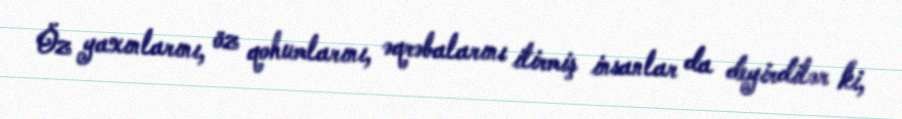
Öz yaxınlarını, öz qohumlarını, əqrəbalarını itirmiş insanlar da deyirdilər ki,